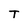
Character: T